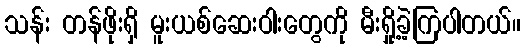
သန်း တန်ဖိုးရှိ မူးယစ်ဆေးဝါးတွေကို မီးရှို့ခဲ့ကြပါတယ်။